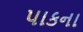
પાકના